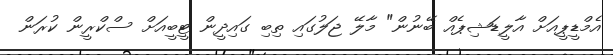
އެމްޑީޕީއަށް އާލީޑަޝިޕެއް ބޭނުން" މާލޭ ޖަލުގައި ތިބި ގައިދީން ޓީބީއަށް ސްކްރީން ކުރަން